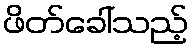
ဖိတ်ခေါ်သည့်